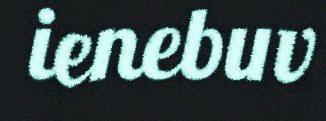
ienebuv